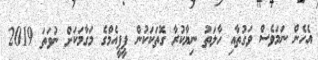
އެހެން ނަމަވެސް ވަގުތާއި ހާލަތު ނިޔާކުރާ ގޮތަކަކުން ޕީޕީއެމްގެ މަގާމަކަށް ނުވަތަ 2019